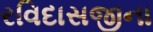
રવિદાસજીના